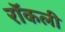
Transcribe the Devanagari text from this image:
रॉकली